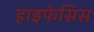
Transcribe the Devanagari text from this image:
हाइफेसिस